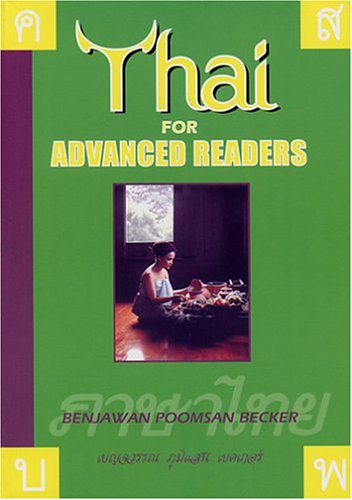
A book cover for Thai for Advanced Readers; Benjawan Poomsan Becker; Travel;